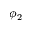
\phi _ { 2 }